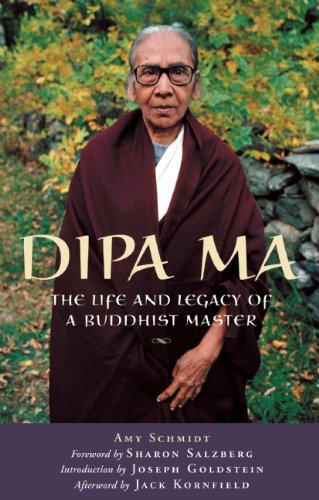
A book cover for Dipa Ma: The Life and Legacy of a Buddhist Master; Amy Schmidt; Religion & Spirituality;